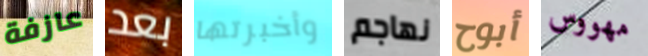
عازفة بعد وأخبرتها نهاجم أبوح مهووس